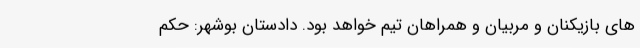
های بازیکنان و مربیان و همراهان تیم خواهد بود. دادستان بوشهر: حکم